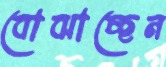
বোঝাচ্ছেন